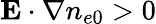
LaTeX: \mathbf E\cdot\nabla n_{e0}>0